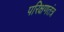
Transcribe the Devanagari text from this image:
परिक्षणतंत्र